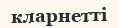
кларнетті